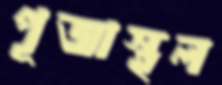
পূজাস্থল